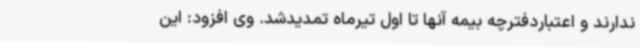
ندارند و اعتباردفترچه بیمه آنها تا اول تیرماه تمدیدشد. وی افزود: این